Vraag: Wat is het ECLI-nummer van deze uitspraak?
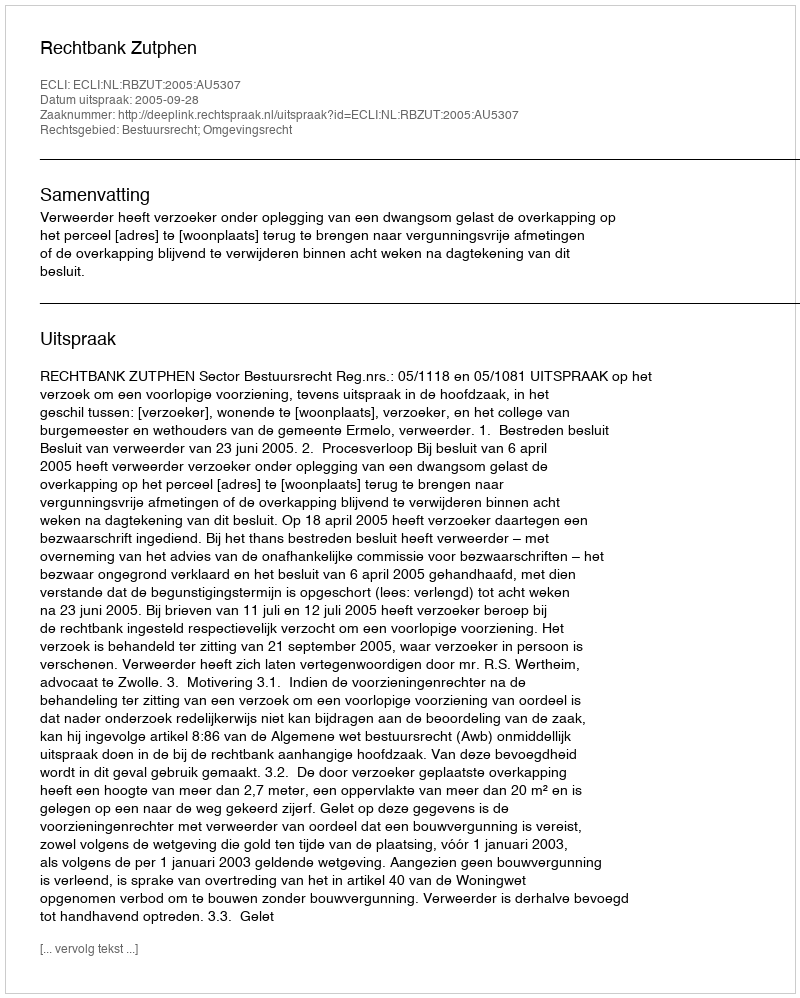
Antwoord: ECLI:NL:RBZUT:2005:AU5307